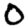
Digit: 0